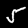
Label: 5